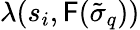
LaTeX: \lambda(s_{i},\mathsf{F}(\tilde{{\sigma}}_{q}))